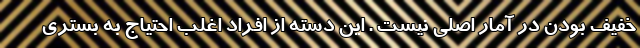
خفیف بودن در آمار اصلی نیست . این دسته از افراد اغلب احتیاج به بستری